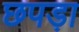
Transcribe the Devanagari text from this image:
छपड़ा